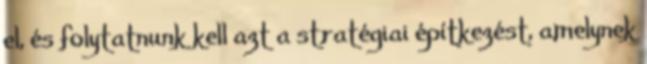
el, és folytatnunk kell azt a stratégiai építkezést, amelynek